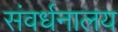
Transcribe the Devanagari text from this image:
संवर्धनालय